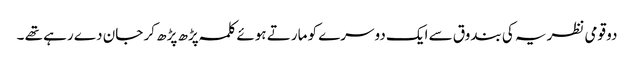
دو قومی نظریہ کی بندوق سے ایک دوسرے کو مارتے ہوئے کلمہ پڑھ پڑھ کر جان دے رہے تھے ۔